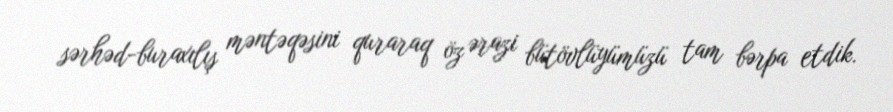
sərhəd-buraxılış məntəqəsini quraraq öz ərazi bütövlüyümüzü tam bərpa etdik.